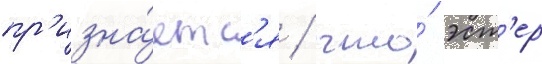
пр'изна́етс'я / что́ эст'ер